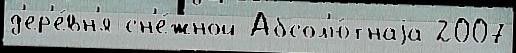
д'ер'е́вн'я сн'е́жной Абсол'ю́тнаjа 2007